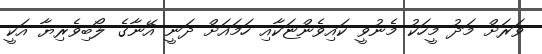
ވަރަށް މަދު މީހަކު މެނުވީ ކައިވެންޏަކާއި ހަމައަށް ދަނީ އޭނާގެ ލޯބިވެރިޔާ އަކީ